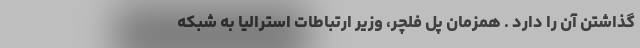
گذاشتن آن را دارد . همزمان پل فلچر، وزیر ارتباطات استرالیا به شبکه